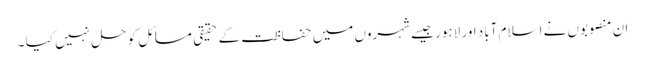
ان منصوبوں نے اسلام آباد اور لاہور جیسے شہروں میں حفاظت کے حقیقی مسائل کو حل نہیں کیا ۔